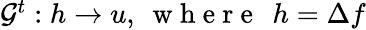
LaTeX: \begin{array}{r}{\mathcal{G}^{t}:h\to u,\: \mathrm{~w~h~e~r~e~}\: \: h=\Delta f}\end{array}